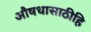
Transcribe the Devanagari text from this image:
औषधासाठीहि